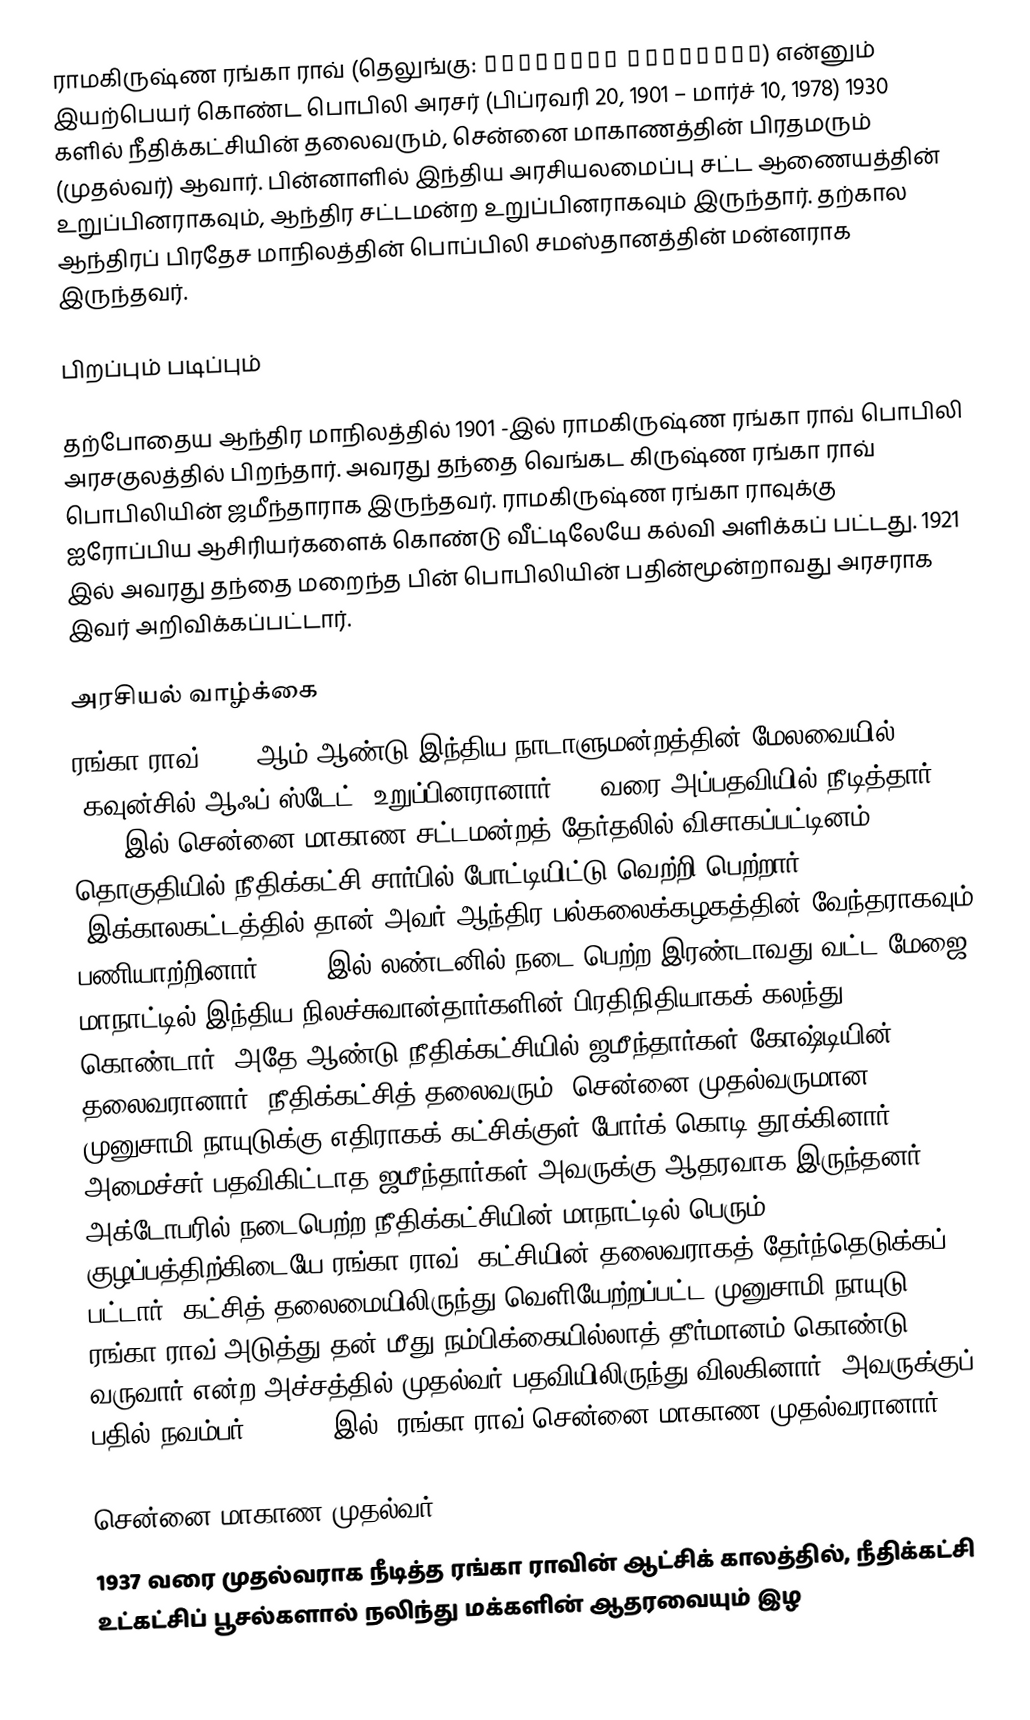
ராமகிருஷ்ண ரங்கா ராவ் (தெலுங்கு: రామకృష్ణ రంగారావు) என்னும் இயற்பெயர் கொண்ட பொபிலி அரசர் (பிப்ரவரி 20, 1901 – மார்ச் 10, 1978) 1930 களில் நீதிக்கட்சியின் தலைவரும், சென்னை மாகாணத்தின் பிரதமரும் (முதல்வர்) ஆவார். பின்னாளில் இந்திய அரசியலமைப்பு சட்ட ஆணையத்தின் உறுப்பினராகவும், ஆந்திர சட்டமன்ற உறுப்பினராகவும் இருந்தார். தற்கால ஆந்திரப் பிரதேச மாநிலத்தின் பொப்பிலி சமஸ்தானத்தின் மன்னராக இருந்தவர்.

பிறப்பும் படிப்பும்

தற்போதைய  ஆந்திர மாநிலத்தில்  1901 -இல்  ராமகிருஷ்ண ரங்கா ராவ்  பொபிலி அரசகுலத்தில் பிறந்தார். அவரது தந்தை வெங்கட கிருஷ்ண ரங்கா ராவ் பொபிலியின் ஜமீந்தாராக இருந்தவர். ராமகிருஷ்ண ரங்கா ராவுக்கு ஐரோப்பிய ஆசிரியர்களைக் கொண்டு வீட்டிலேயே கல்வி அளிக்கப் பட்டது. 1921 இல் அவரது தந்தை மறைந்த பின்  பொபிலியின் பதின்மூன்றாவது அரசராக இவர் அறிவிக்கப்பட்டார்.

அரசியல் வாழ்க்கை
ரங்கா ராவ் 1925 ஆம் ஆண்டு இந்திய நாடாளுமன்றத்தின் மேலவையில் (கவுன்சில் ஆஃப் ஸ்டேட்) உறுப்பினரானார்; 27 வரை அப்பதவியில் நீடித்தார். 1930 இல் சென்னை மாகாண சட்டமன்றத் தேர்தலில் விசாகப்பட்டினம் தொகுதியில் நீதிக்கட்சி சார்பில் போட்டியிட்டு வெற்றி பெற்றார். (இக்காலகட்டத்தில் தான் அவர் ஆந்திர பல்கலைக்கழகத்தின் வேந்தராகவும் பணியாற்றினார்) 1931 இல் லண்டனில் நடை பெற்ற இரண்டாவது வட்ட மேஜை மாநாட்டில் இந்திய நிலச்சுவான்தார்களின் பிரதிநிதியாகக் கலந்து கொண்டார். அதே ஆண்டு நீதிக்கட்சியில் ஜமீந்தார்கள் கோஷ்டியின் தலைவரானார். நீதிக்கட்சித் தலைவரும், சென்னை முதல்வருமான முனுசாமி நாயுடுக்கு எதிராகக் கட்சிக்குள் போர்க் கொடி தூக்கினார். அமைச்சர் பதவிகிட்டாத ஜமீந்தார்கள் அவருக்கு ஆதரவாக இருந்தனர். 1932 அக்டோபரில் நடைபெற்ற நீதிக்கட்சியின் மாநாட்டில் பெரும் குழப்பத்திற்கிடையே ரங்கா ராவ், கட்சியின் தலைவராகத் தேர்ந்தெடுக்கப் பட்டார். கட்சித் தலைமையிலிருந்து வெளியேற்றப்பட்ட முனுசாமி நாயுடு, ரங்கா ராவ் அடுத்து தன் மீது நம்பிக்கையில்லாத் தீர்மானம் கொண்டு வருவார் என்ற அச்சத்தில் முதல்வர் பதவியிலிருந்து விலகினார். அவருக்குப் பதில் நவம்பர் 5, 1932 இல், ரங்கா ராவ் சென்னை மாகாண முதல்வரானார்.

சென்னை மாகாண முதல்வர்
1937 வரை முதல்வராக நீடித்த ரங்கா ராவின் ஆட்சிக் காலத்தில், நீதிக்கட்சி உட்கட்சிப் பூசல்களால் நலிந்து மக்களின் ஆதரவையும் இழ